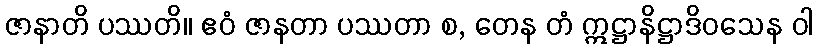
ဇာနာတိ ပဿတိ။ ဧဝံ ဇာနတာ ပဿတာ စ, တေန တံ ဣဋ္ဌာနိဋ္ဌာဒိဝသေန ဝါ